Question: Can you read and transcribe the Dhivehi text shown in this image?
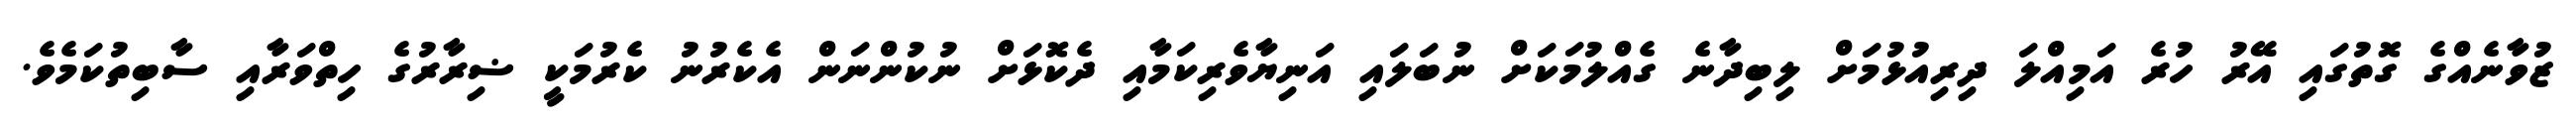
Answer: ޒުވާނެއްގެ ގޮތުގައި އޭރު ހުރެ އަމިއްލަ ދިރިއުޅުމަށް ލިބިދާނެ ގެއްލުމަކަށް ނުބަލައި އަނިޔާވެރިކަމާއި ދެކޮޅަށް ނުކުންނަން އެކެރުނު ކެރުމަކީ ޟިރާރުގެ ހިތްވަރާއި ސާބިތުކަމެވެ.